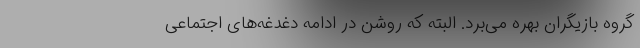
گروه بازیگران بهره می‌برد. البته که روشن در ادامه دغدغه‌های اجتماعی